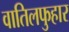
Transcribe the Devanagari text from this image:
वातिलफुहार